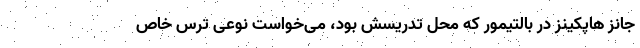
جانز هاپکینز در بالتیمور که محل تدریسش بود، می‌خواست نوعی ترس خاص